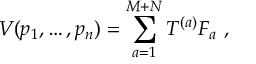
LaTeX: V ( p _ { 1 } , \ldots , p _ { n } ) = \sum _ { a = 1 } ^ { M + N } T ^ { ( a ) } F _ { a } \ ,